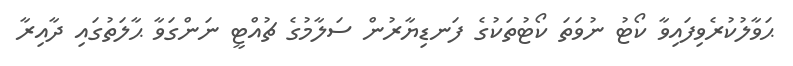
ޙަވާލުކުރެވިފައިވާ ކޯޓު ނުވަތަ ކޯޓުތަކުގެ ފަނޑިޔާރުން ސަލާމުގެ ޗުއްޓީ ނަންގަވާ ޙާލަތުގައި ދާއިރާ